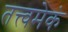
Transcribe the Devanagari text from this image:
तत्त्वमेकं